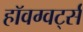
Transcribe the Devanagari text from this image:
हॉवग्वर्ट्स